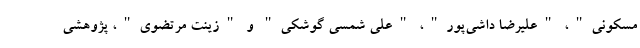
مسکونی"، "علیرضا داشی‌پور"، "علی شمسی گوشکی" و "زینت مرتضوی"، پژوهشی